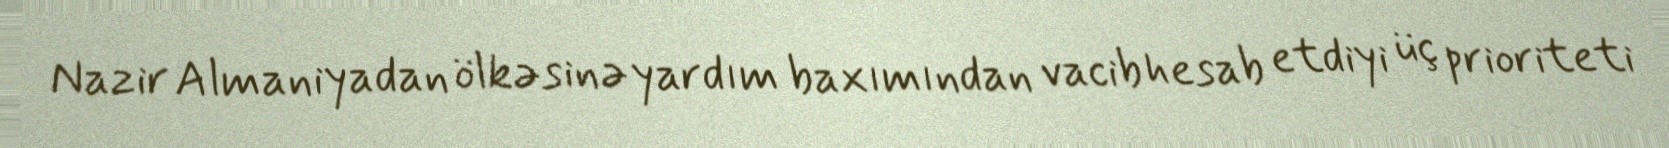
Nazir Almaniyadan ölkəsinə yardım baxımından vacib hesab etdiyi üç prioriteti